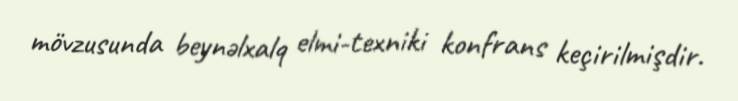
mövzusunda beynəlxalq elmi-texniki konfrans keçirilmişdir.